Enquiry on enteric fever in India - Number 32
Disease focus: Fever
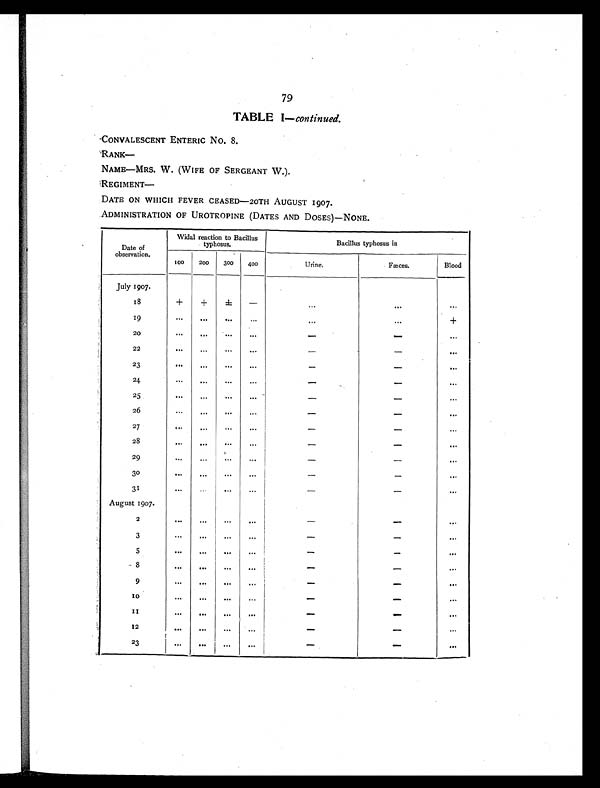
79
TABLE I— continued.
CONVALESCENT ENTERIC No. 8.
RANK
—
NAME—MRS. W. (WIFE OF SERGEANT W.).
REGIMENT—
DATE ON WHICH FEVER CEASED—20TH AUGUST 1907.
ADMINISTRATION OF UROTROPINE (DATES AND DOSES)—NONE.
Date of
observation.
Widal reaction to Bacillus
typhosus.
Bacillus typhosus in
100
2 0 0
300
400
Urine.
Fæces.
Blood
July 1907.
18
+
+
±
-
. . .
...
. . .
19
. . .
. . .
. . .
. . .
...
...
+
20
...
. . .
. . .
...
-
-
...
22
. . .
...
...
. . .
-
-
. . .
23
. . .
. . .
. . .
. . .
-
-
. . .
2 4
. .
...
. . .
. . .
-
-
...
25
. . .
...
. . .
. . .
-
-
. . .
2 6
. . .
. . .
...
. . .
-
-
. . .
2 7
. . .
. . .
. . . .
. . .
-
-
. . .
28
. . .
. . .
. . .
.. .
-
-
. . .
2 9
...
...
. . .
. . .
-
-
. . .
30
...
. . .
...
...
-
-
...
31
...
...
. . .
...
-
-
...
August 1907.
2
. . .
. . .
. . .
. . .
-
-
...
3
. . .
. . .
. . .
. . .
-
-
. . .
5
. . .
. . .
. . .
. . .
-
-
. . .
8
. . .
. . .
. . .
. . .
-
-
...
9
. . .
. . .
. . .
. . .
-
-
. . .
1 0
...
...
. . .
...
-
-
. . .
1 1
. . .
. . .
. . .
. . .
-
-
. . .
1 2
. . .
. . .
. . .
. . .
-
-
. . .
2 3
. . .
. . .
. . .
. . .
-
-
. . .